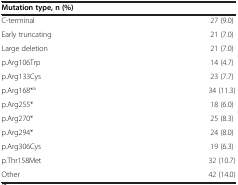
<table><thead><tr><td colspan="2"><b>Mutation type, n (%)</b></td></tr></thead><tbody><tr><td>C-terminal</td><td>27 (9.0)</td></tr><tr><td>Early truncating</td><td>21 (7.0)</td></tr><tr><td>Large deletion</td><td>21 (7.0)</td></tr><tr><td>p.Arg106Trp</td><td>14 (4.7)</td></tr><tr><td>p.Arg133Cys</td><td>23 (7.7)</td></tr><tr><td>p.Arg168*<sup>a</sup></td><td>34 (11.3)</td></tr><tr><td>p.Arg255*</td><td>18 (6.0)</td></tr><tr><td>p.Arg270*</td><td>25 (8.3)</td></tr><tr><td>p.Arg294*</td><td>24 (8.0)</td></tr><tr><td>p.Arg306Cys</td><td>19 (6.3)</td></tr><tr><td>p.Thr158Met</td><td>32 (10.7)</td></tr><tr><td>Other</td><td>42 (14.0)</td></tr></tbody></table>